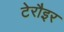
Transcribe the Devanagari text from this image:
टेरौइर